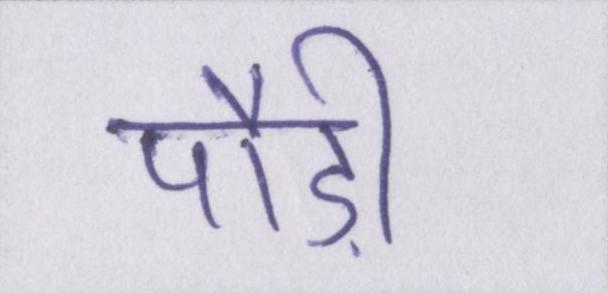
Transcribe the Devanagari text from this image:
पौड़ी